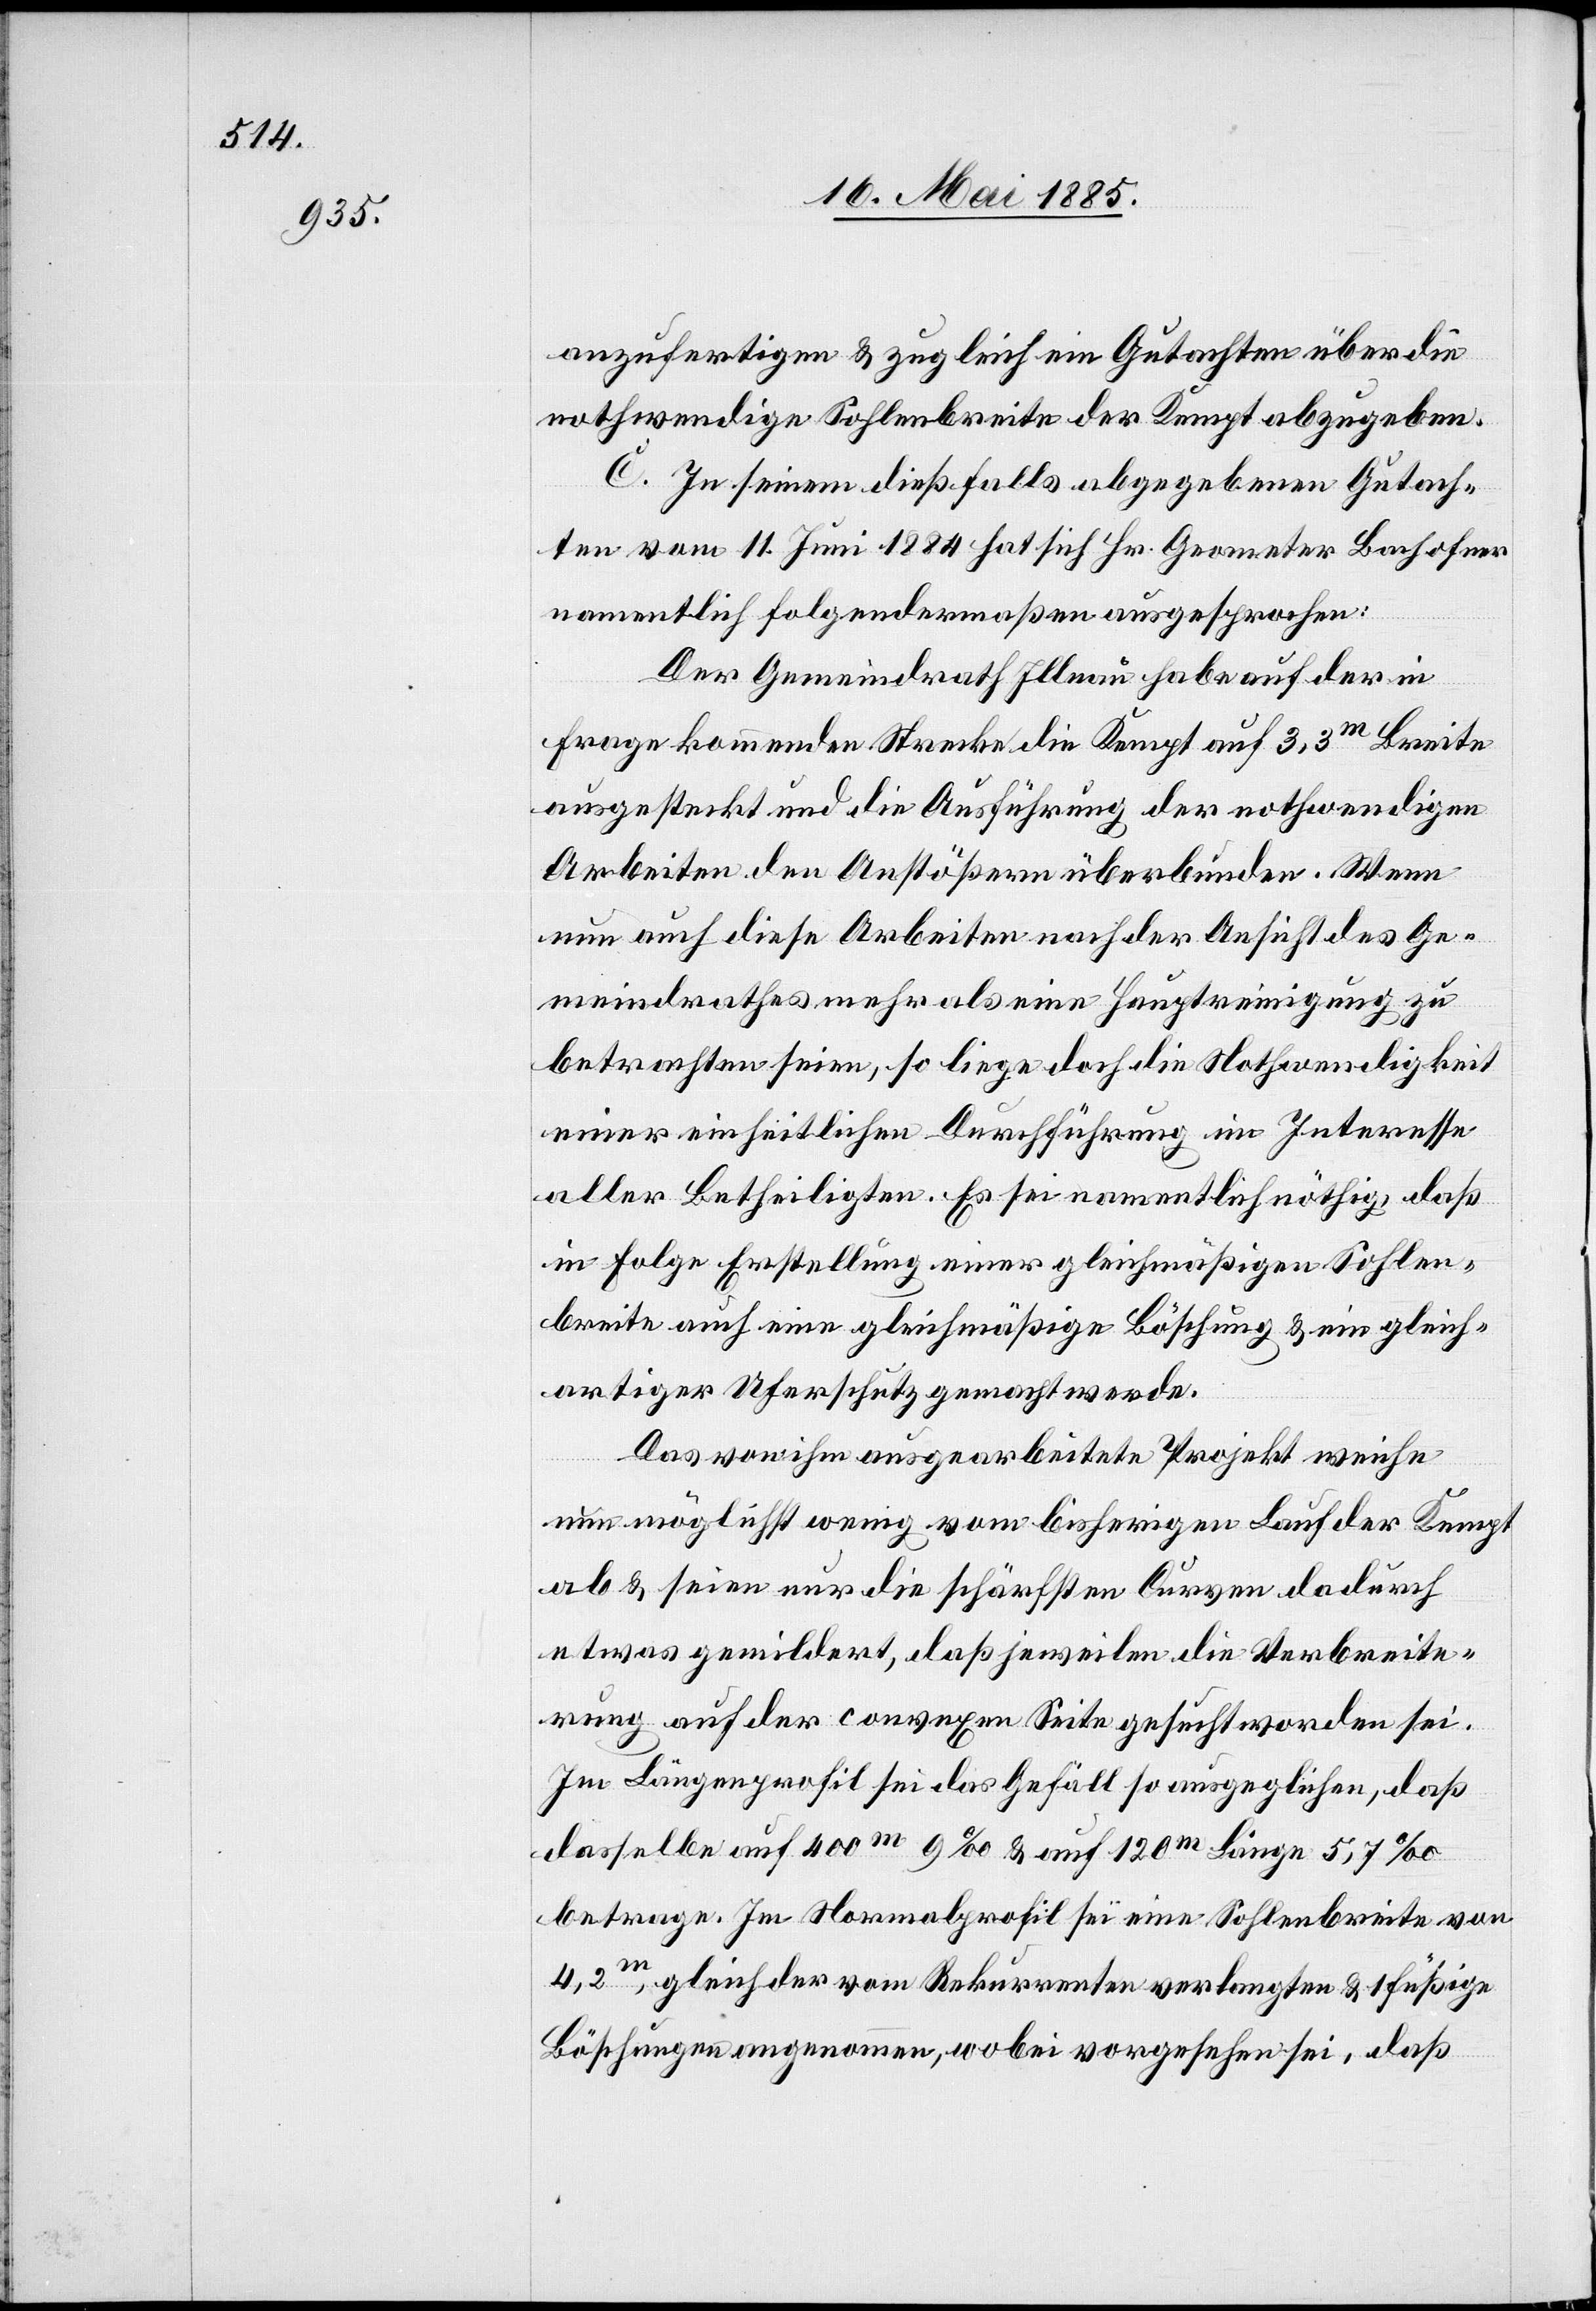
anzufertigen & zugleich ein Gutachten über die
nothwendige Sohlenbreite der Kempt abzugeben.
C. In seinem dießfalls abgegebenen Gutach¬
ten vom 11. Juni 1884 hat sich Hr. Geometer Bachofner
namentlich folgendermaßen ausgesprochen:
Der Gemeindrath Illnau habe auf der in
Frage kommenden Strecke die Kempt auf 3,3 m Breite
ausgesteckt und die Ausführung der nothwendigen
Arbeiten den Anstößern überbunden. Wenn
nun auch diese Arbeiten nach der Ansicht des Ge¬
meindrathes mehr als eine Hauptreinigung zu
betrachten seien, so liege doch die Nothwendigkeit
einer einheitlichen Durchführung im Interesse
aller Betheiligten. Es sei namentlich nöthig, daß
in Folge Erstellung einer gleichmäßigen Sohlen¬
breite auch eine gleichmäßige Böschung & ein gleich¬
artiger Uferschutz gemacht werde.
Das von ihm ausgearbeitete Projekt weiche
nun möglichst wenig vom bisherigen Lauf der Kempt
ab & seien nur die schärfsten Curven dadurch
etwas gemildert, daß jeweilen die Verbreite¬
rung auf der convexen Seite gesucht worden sei.
Im Längenprofil sei das Gefäll so ausgeglichen, daß
dasselbe auf 400 m 9‰ & auf 120 m Länge 5,7‰
betragen. Im Normalprofil sei eine Sohlenbreite von
4,2 m, gleich der vom Rekurrenten verlangten & 1füßige
Böschungen angenommen, wobei vorgesehen sei, daß